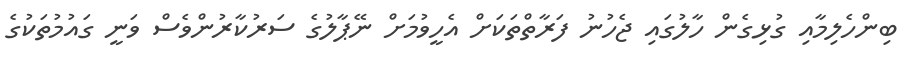
ބިންހެލިމާއި ގުޅިގެން ހާލުގައި ޖެހުނު ފަރާތްތަކަށް އެހީވުމަށް ނޭޕާލުގެ ސަރުކާރުންވެސް ވަނީ ގައުމުތަކުގެ